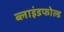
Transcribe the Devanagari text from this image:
ब्लाइंडफोल्ड